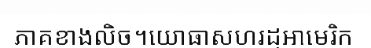
ភាគខាងលិច។យោធាសហរដ្ឋអាមេរិក